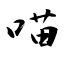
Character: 喵